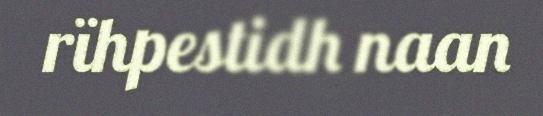
rïhpestidh naan